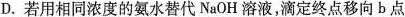
D.若用相同浓度的氨水替代NaOH溶液，滴定终点移向b点